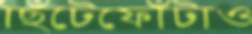
ছিঁটেফোঁটাও